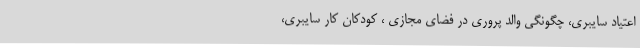
اعتیاد سایبری، چگونگی والد پروری در فضای مجازی ، کودکان کار سایبری،